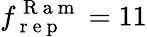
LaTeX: f_{\mathrm{~r~e~p~}}^{\mathrm{~R~a~m~}}=11